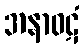
အနာဝဋံ